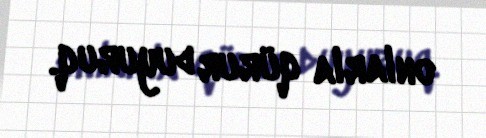
onlarla qürur duyuruq.